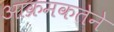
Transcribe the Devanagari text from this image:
आक्रमकतेने